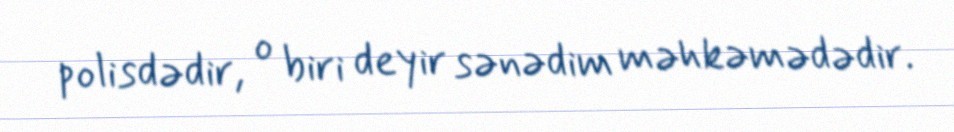
polisdədir, o biri deyir sənədim məhkəmədədir.